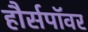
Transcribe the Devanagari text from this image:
हौर्सपॉवर